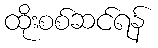
ထိုးစစ်ဆင်ရန်